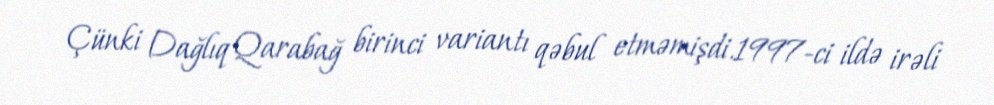
Çünki Dağlıq Qarabağ birinci variantı qəbul etməmişdi.1997-ci ildə irəli